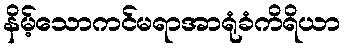
နိမ့်သောကင်မရာအာရုံခံကိရိယာ